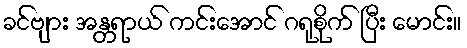
ခင်ဗျား အန္တရာယ် ကင်းအောင် ဂရုစိုက် ပြီး မောင်း။